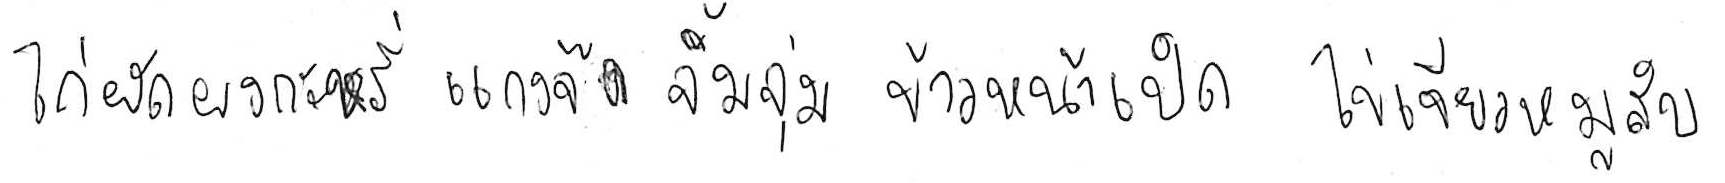
ไก่ผัดผงกะหรี่ แกงจืด จิ้มจุ่ม ข้าวหน้าเป็ด ไข่เจียวหมูสับ